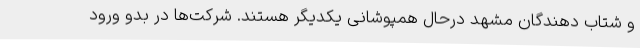
و شتاب دهندگان مشهد درحال همپوشانی یکدیگر هستند. شرکت‌ها در بدو ورود